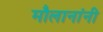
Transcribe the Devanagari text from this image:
मौलानांनी